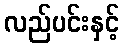
လည်ပင်းနှင့်